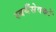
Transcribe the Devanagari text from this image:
स्वयँसेवकों